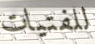
للفتيات